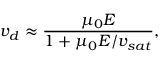
v _ { d } \approx \frac { \mu _ { 0 } E } { 1 + \mu _ { 0 } E / v _ { s a t } } ,